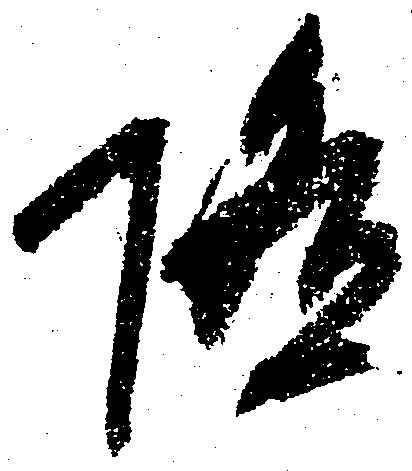
随